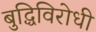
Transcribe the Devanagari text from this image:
बुद्धिविरोधी